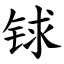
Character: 𨱇